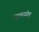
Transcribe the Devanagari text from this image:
न्यूकासेल